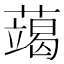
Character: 𮒍